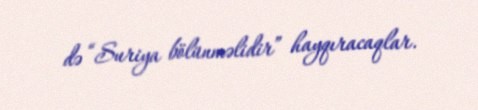
də “Suriya bölünməlidir” hayqıracaqlar.